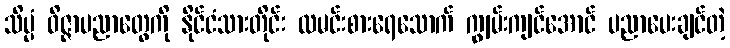
သိပ္ပံ ဝိဇ္ဇာပညာတွေကို နိုင်ငံသားတိုင်း ထမင်းစားရေသောက် ကျွမ်းကျင်အောင် ပညာပေးချင်တဲ့